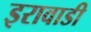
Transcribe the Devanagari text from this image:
इरावाडी